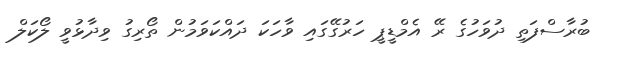
ބުރާސްފަތި ދުވަހުގެ ރޭ އެމްޑީޕީ ހަރުގޭގައި ވާހަކަ ދައްކަވަމުން ތޯރިގު ވިދާޅުވީ ލޯކަލް